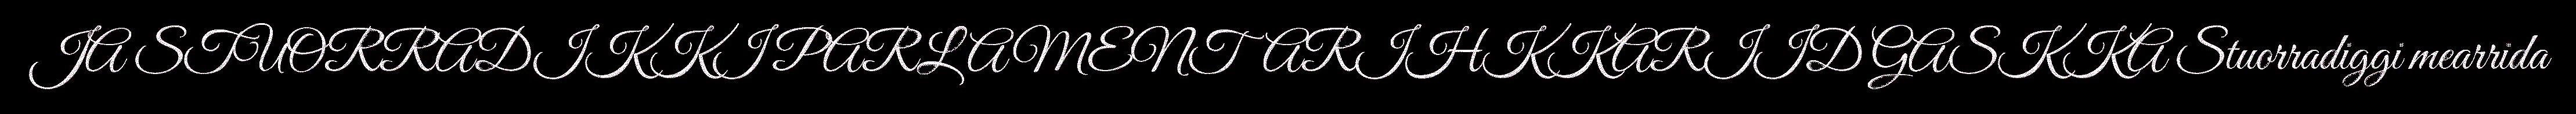
JA STUORRADIKKI PARLAMENTARIHKKARIID GASKKA Stuorradiggi mearrida